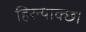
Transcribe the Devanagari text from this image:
हिरन्याक्छ।